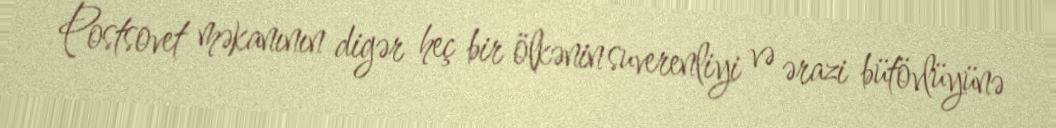
Postsovet məkanının digər heç bir ölkənin suverenliyi və ərazi bütövlüyünə